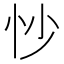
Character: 𫹶